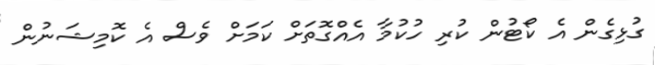
ގުޅިގެން އެ ކޯޓުން ކުރި ހުކުމާ އެއްގޮތަށް ކަމަށް ވެސް އެ ކޮމިޝަނުން